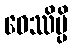
ဝေဿိမ္ပိ